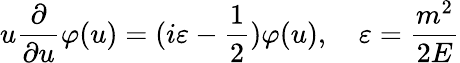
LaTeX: u\frac{\partial}{\partial u}\varphi(u)=(i\varepsilon-\frac{1}{2})\varphi(u),\quad\varepsilon=\frac{m^{2}}{2E}